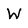
Character: W